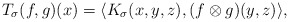
\begin{align*}T_\sigma (f, g)(x)=\langle K_\sigma(x, y, z), (f\otimes g)(y, z)\rangle,\end{align*}